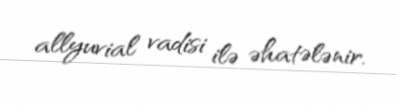
allyuvial vadisi ilə əhatələnir.